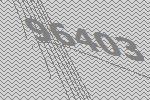
96403